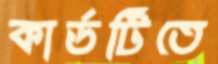
কার্ডটিতে